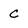
Character: c